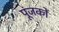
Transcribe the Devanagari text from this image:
पूंजकों